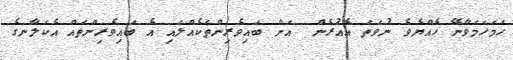
ހަމަހަމަވާނޭ ހެއްޔެވެ ނުވަތަ އެއުރެން  އަށް ބައިވެރިންތަކެއްލައި އެ ބައިވެރިންތައް އެކަލާނގެ